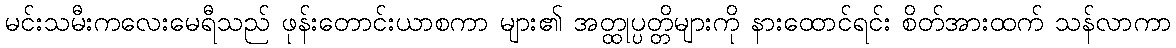
မင်းသမီးကလေးမေရီသည် ဖုန်းတောင်းယာစကာ များ၏ အတ္ထုပ္ပတ္တိများကို နားထောင်ရင်း စိတ်အားထက် သန်လာကာ